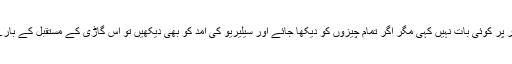
اگر چہ کمپنی نے اس حوالے سے باقاعدہ طور پر کوئی بات نہیں کہی مگر اگر تمام چیزوں کو دیکھا جائے اور سیلیریو کی آمد کو بھی دیکھیں تو اس گاڑی کے مستقبل کے بارے پیش گوئی کرنا کوئی زیادہ مشکل کام نہیں۔